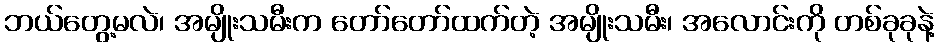
ဘယ်တွေ့မလဲ၊ အမျိုးသမီးက တော်တော်ထက်တဲ့ အမျိုးသမီး၊ အလောင်းကို တစ်ခုခုနဲ့